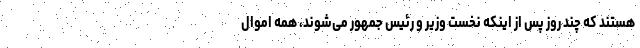
هستند که چند روز پس از اینکه نخست وزیر و رئیس جمهور می‌شوند، همه اموال